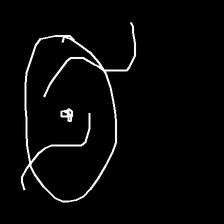
Glyph: repetition